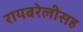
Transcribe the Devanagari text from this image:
रायबरेलीसह